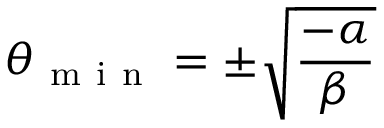
\theta _ { \mathrm { ~ m ~ i ~ n ~ } } = \pm \sqrt { \frac { - \alpha } { \beta } }